Lunatic asylums Punjab 1868-1880 - 1868-1880
Year: 1868
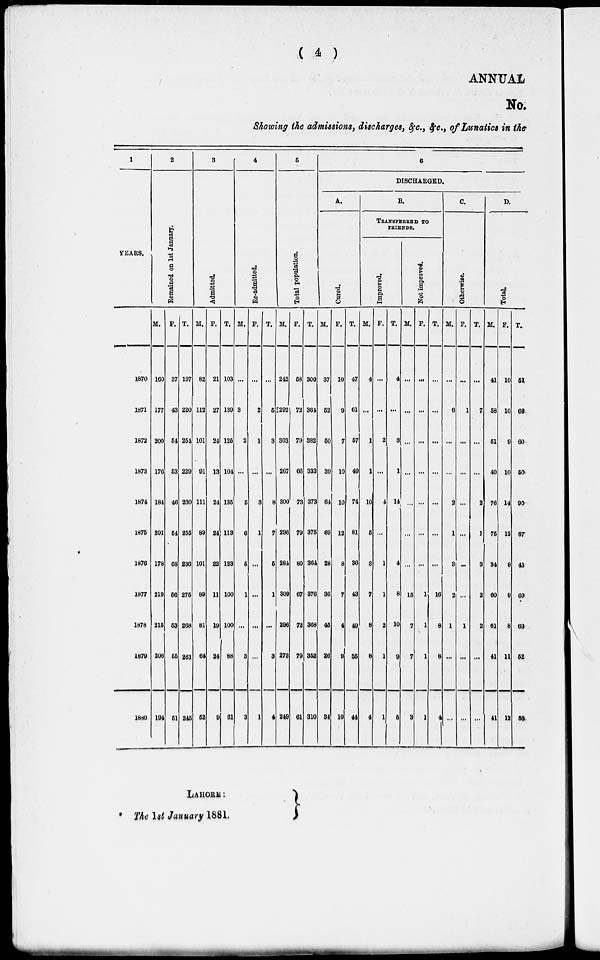
( 4 )
ANNUAL
No.
Showing the admissions, discharges, &c., &c., of Lunatics in the
1
YEARS.
1870
1871
1872
1873
1874
1875
1876
1877
1878
1879
1880
2
Remained
on 1st January.
M.
160
177
200
170
184
201
178
219
215
206
194
F.
37
43
54
53
46
54
58
56
53
55
51
T.
197
220
254
229
230
255
236
275
268
261
245
3
Admitted.
M.
82
112
101
91
111
89
101
89
81
64
52
F.
21
27
24
13
24
24
22
11
19
24
9
T.
103
139
126
104
135
113
123
100
100
88
61
4
Re-admitted.
M.
...
3
2
...
5
6
5
1
...
3
3
F.
...
2
1
...
3
1
...
...
...
...
1
T.
...
6
3
...
8
7
6
1
...
3
4
5
Total population.
M.
242
202
303
267
300
296
284
309
296
273
249
F.
58
72
70
66
73
79
80
67
72
79
61
T.
300
364
382
333
373
375
364
376
368
352
310
6
DISCHARGED.
A.
Cured.
M.
37
52
60
39
64
69
28
36
45
26
34
F.
10
9
7
10
10
12
8
7
4
9
10
T.
47
61
57
49
74
81
36
43
49
35
44
B.
TRANSFERED TO
FRIENDS.
Improved.
M.
4
...
1
1
10
5
3
7
8
8
4
F.
...
...
2
...
4
...
1
1
2
1
1
T.
4
...
3
1
...
4
8
10
9
5
Not improved.
M.
...
...
...
...
...
...
...
15
7
7
3
F.
...
...
...
...
...
...
...
1
1
1
1
T.
...
...
...
...
...
...
...
16
8
8
4
C
Otherwise.
M.
...
6
...
...
2
1
3
2
1
...
...
F.
...
1
...
...
...
...
...
...
1
...
...
T.
...
7
...
...
2
1
3
2
2
...
...
D.
Total.
M.
41
58
61
40
76
75
34
60
61
41
41
F.
10
10
9
10
14
12
9
9
8
11
12
T.
51
68
60
50
90
87
43
69
69
62
53
LAHORE:
The 1st January 1881.